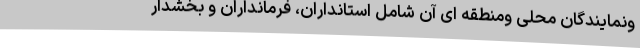
ونمایندگان محلی ومنطقه ای آن شامل استانداران، فرمانداران و بخشدار